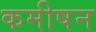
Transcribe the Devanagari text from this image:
कमीषन